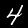
Label: 4